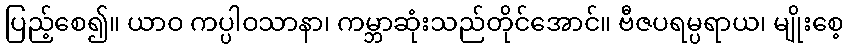
ပြည့်စေ၍။ ယာဝ ကပ္ပါဝသာနာ၊ ကမ္ဘာဆုံးသည်တိုင်အောင်။ ဗီဇပရမ္ပရာယ၊ မျိုးစေ့